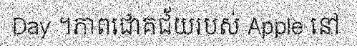
Day ។ភាពជោគជ័យរបស់ Apple នៅ